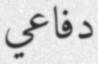
دفاعي